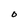
Character: O